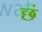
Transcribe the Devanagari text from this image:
छं